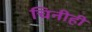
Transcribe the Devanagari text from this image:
चिनीही